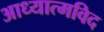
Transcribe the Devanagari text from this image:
आध्यात्मविद